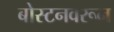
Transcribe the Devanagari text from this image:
बोस्टनवरून